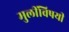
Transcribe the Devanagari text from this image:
मुलींविषयी